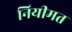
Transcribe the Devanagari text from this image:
नियीमत